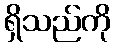
ရှိသည်ကို